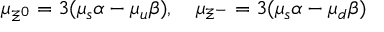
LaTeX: { \mu } _ { { \Xi } ^ { 0 } } = 3 ( { \mu } _ { s } \alpha - { \mu } _ { u } \beta ) , \quad { \mu } _ { { \Xi } ^ { - } } = 3 ( { \mu } _ { s } \alpha - { \mu } _ { d } \beta )